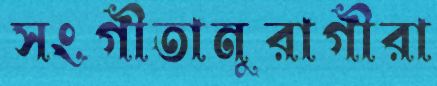
সংগীতানুরাগীরা